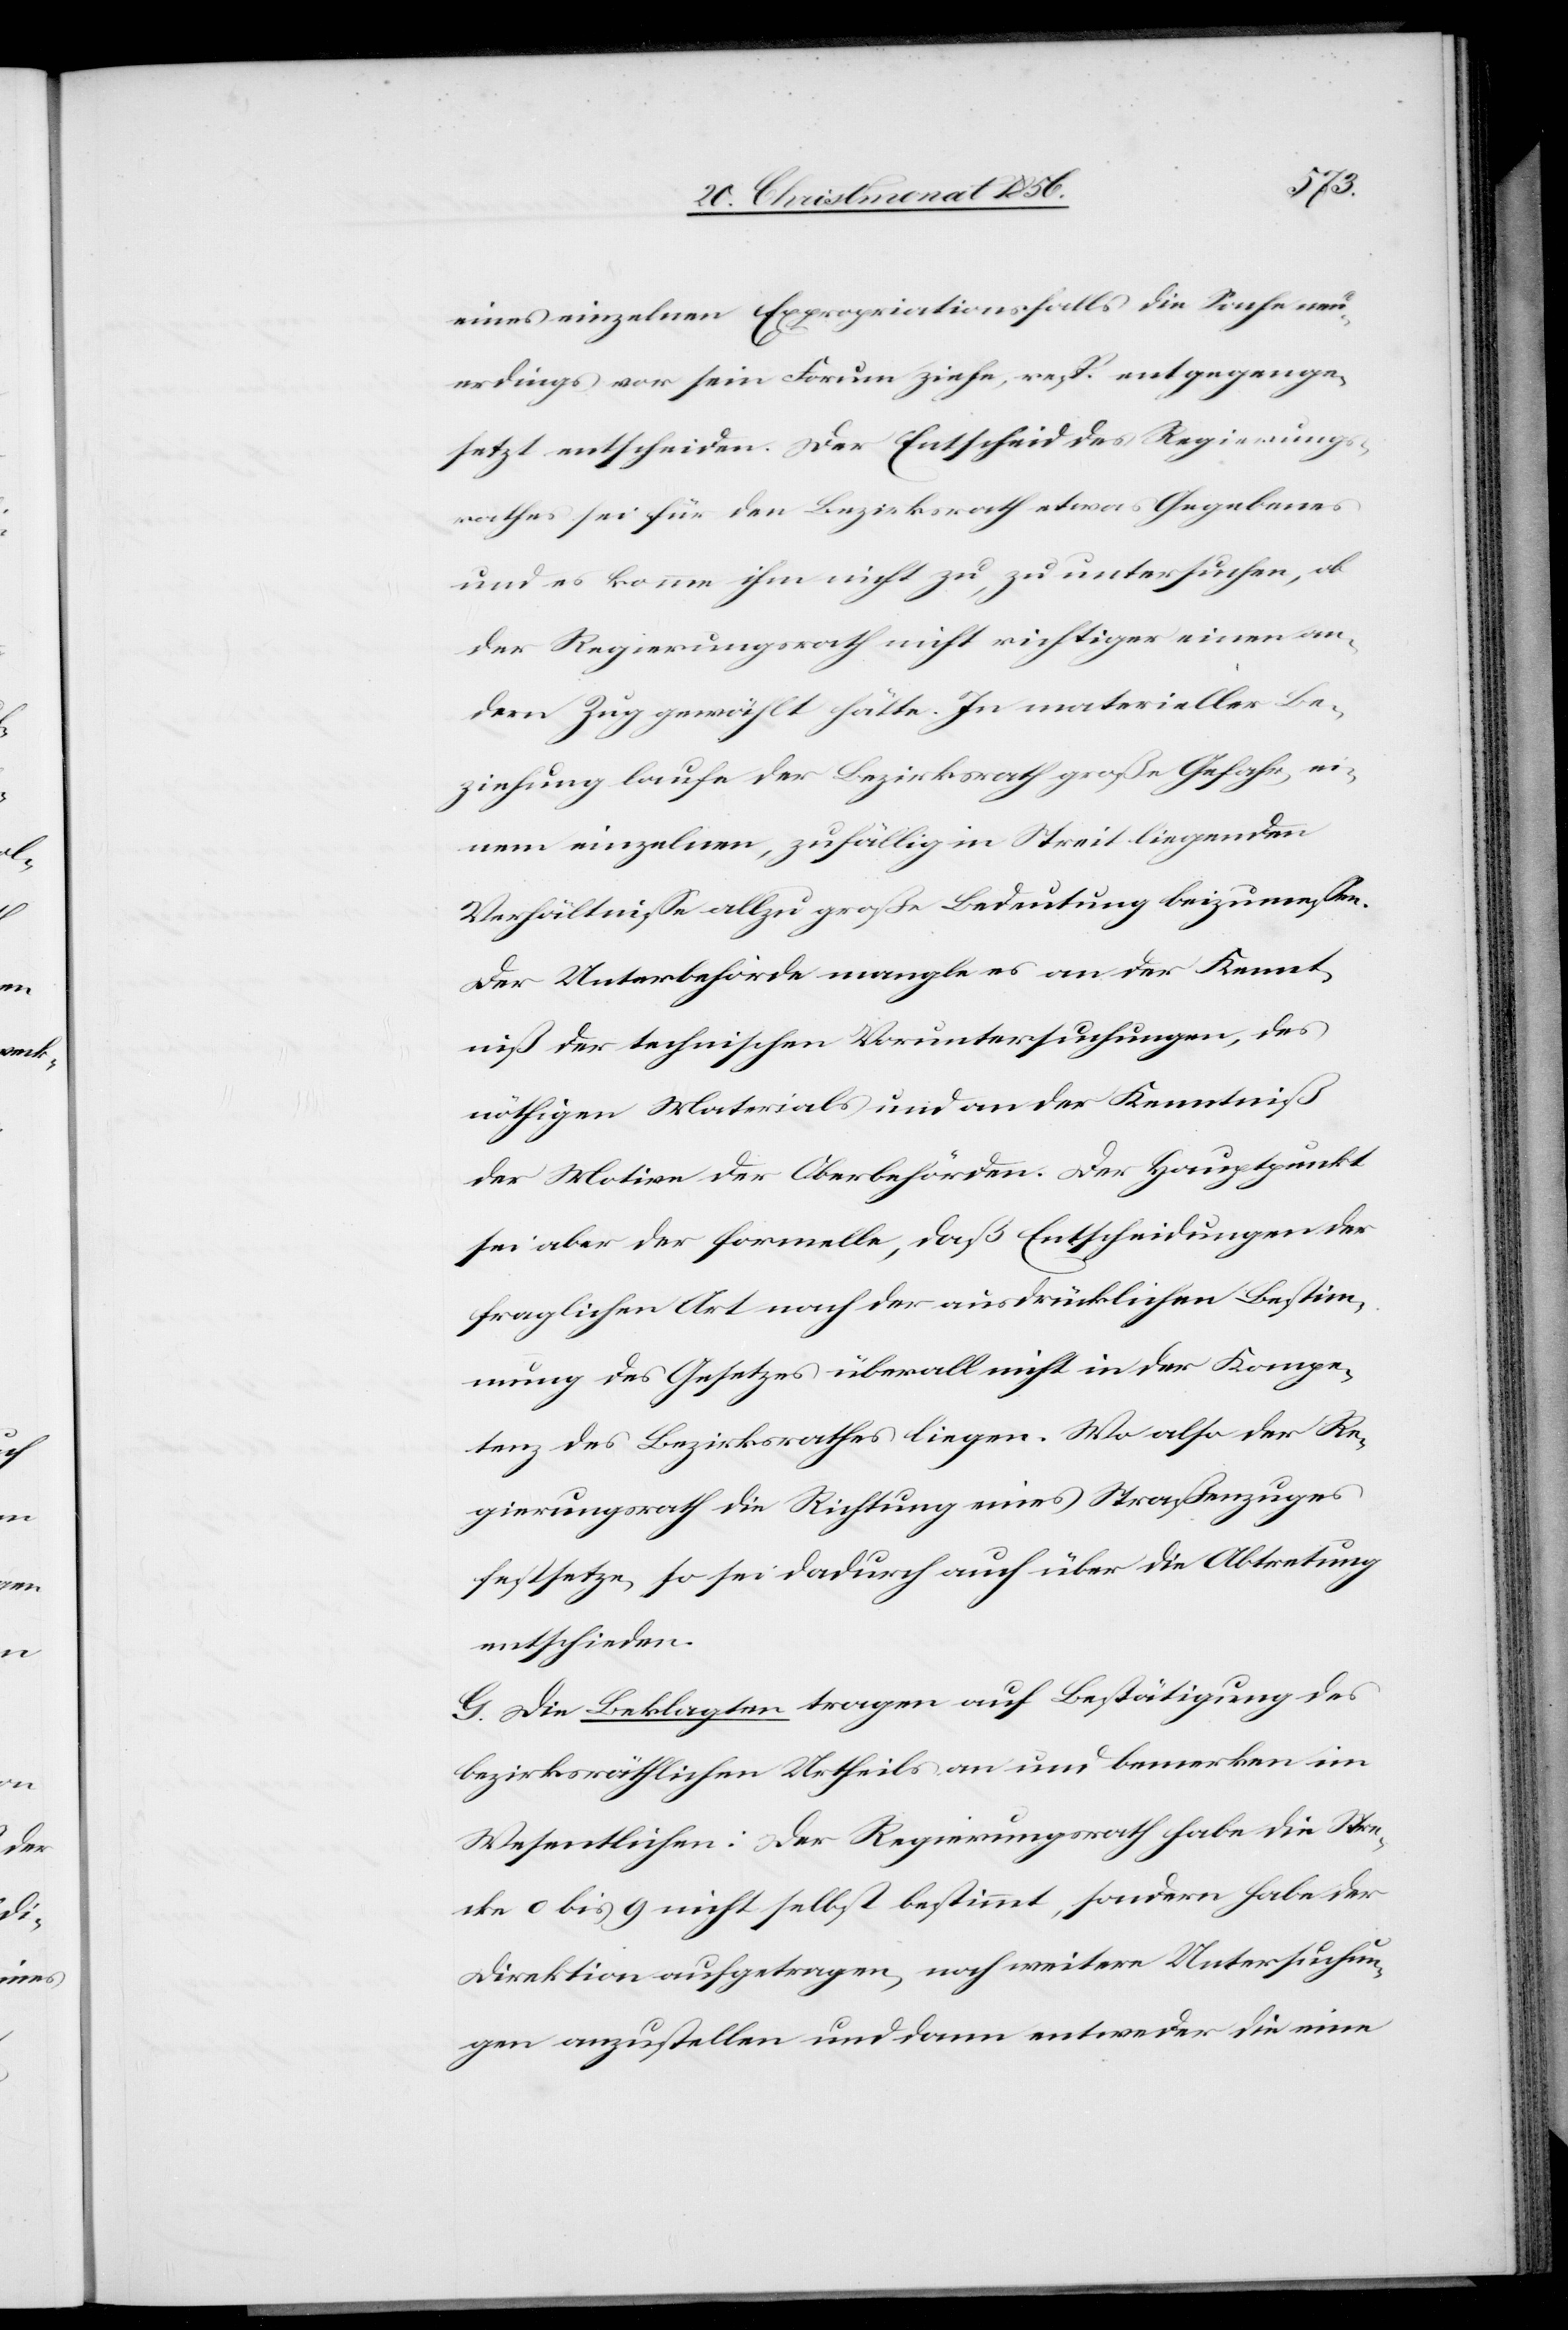
eines einzelnen Expropriationsfalls die Sache neu¬
erdings vor sein Forum ziehe, resp. entgegenge¬
setzt entscheiden [sic!]. Der Entscheid des Regierungs¬
rathes sei für den Bezirksrath etwas Gegebenes
und es komme ihm nicht zu, zu untersuchen, ob
der Regierungsrath nicht richtiger einen an¬
dern Zug gewählt hätte. In materieller Be¬
ziehung laufe der Bezirksrath große Gefahr, ei¬
nem einzelnen, zufällig in Streit liegenden
Verhältnisse allzu große Bedeutung beizumessen.
Der Unterbehörde mangle es an der Kennt¬
niß der technischen Voruntersuchungen, des
nöthigen Materials und an der Kenntniß
der Motive der Oberbehörden. Der Hauptpunkt
sei aber der formelle, daß Entscheidungen der
fraglichen Art nach der ausdrücklichen Bestim¬
mung des Gesetzes überall nicht in der Kompe¬
tenz des Bezirksrathes liegen. Wo also der Re¬
gierungsrath die Richtung eines Straßenzuges
festsetze, so sei dadurch auch über die Abtretung
entschieden.
G. Die Beklagten tragen auf Bestätigung des
bezirksräthlichen Urtheils an und bemerken im
Wesentlichen: Der Regierungsrath habe die Stre¬
cke 0 bis 9 nicht selbst bestimmt, sondern habe der
Direktion aufgetragen, noch weitere Untersuchun¬
gen anzustellen und dann entweder die eine